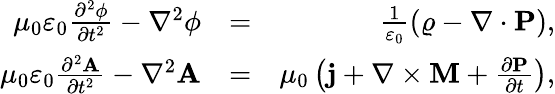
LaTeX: \begin{array}{rlr}{\mu_{0}\varepsilon_{0}\frac{\partial^{2}\phi}{\partial t^{2}}-\nabla^{2}\phi}&{=}&{\frac{1}{\varepsilon_{0}}\left(\varrho-\nabla\cdot\mathbf{P}\right),}\\ {\mu_{0}\varepsilon_{0}\frac{\partial^{2}\mathbf{A}}{\partial t^{2}}-\nabla^{2}\mathbf{A}}&{=}&{\mu_{0}\left(\mathbf{j}+\nabla\times\mathbf{M}+\frac{\partial\mathbf{P}}{\partial t}\right),}\end{array}